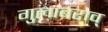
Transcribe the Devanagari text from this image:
गुलाबराव्